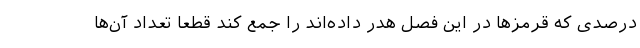
درصدی که قرمزها در این فصل هدر داده‌اند را جمع کند قطعاً تعداد آن‌ها